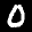
Label: 0